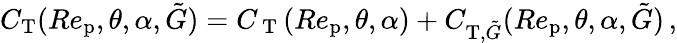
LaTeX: C_{\textup{T}}(Re_{\textup{p}},\theta,\alpha,\tilde{G})=C_{\mathrm{~T~}}(Re_{\textup{p}},\theta,\alpha)+C_{\textup{T},\tilde{G}}(Re_{\textup{p}},\theta,\alpha,\tilde{G})\, ,